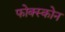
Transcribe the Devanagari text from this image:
फोक्स्कोन